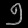
Digit: ၅